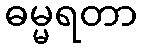
ဓမ္မရတာ